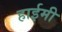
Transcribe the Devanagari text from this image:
हाईमी